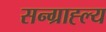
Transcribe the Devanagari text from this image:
सन्ग्राह्ल्य